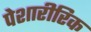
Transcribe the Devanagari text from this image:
पेशारीरिक